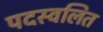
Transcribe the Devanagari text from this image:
पदस्वलित